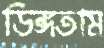
ডিঙ্গতাম